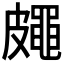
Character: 𥀨